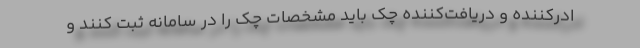
ادرکننده و دریافت‌کننده چک باید مشخصات چک را در سامانه ثبت کنند و